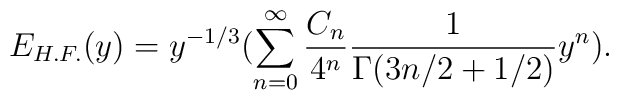
E_{H.F.}(y)=y^{-1/3}(\sum_{n=0}^{\infty}{C_{n}\over4^n}{1\over\Gamma(3n/2+1/2)}y^n).